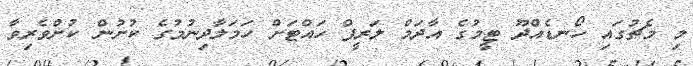
މި މެޗުގައި ހޯނޑެއްދޫ ޓީމުގެ އާދަމް ލަރީފް ހައްޓަށް ހަމަލާދިނުމުގެ ކުށުން ކުށްވެރިވާ